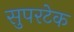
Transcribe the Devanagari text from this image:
सुपरटेक